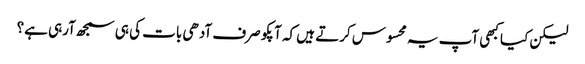
لیکن کیا کبھی آپ یہ محسوس کرتے ہیں کہ آپکو صرف آدھی بات کی ہی سمجھ آرہی ہے؟